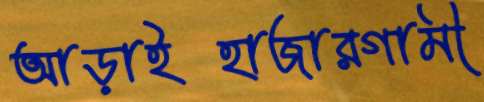
আড়াইহাজারগামী